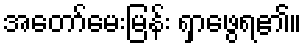
အတော်မေးမြန်း ရှာဖွေရ၏။